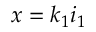
x = k _ { 1 } i _ { 1 }